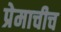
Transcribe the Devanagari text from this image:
प्रेमाचीच